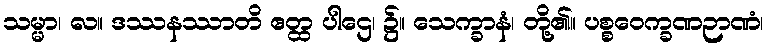
သမ္မာ၊ လ။ ဒဿနဿာတိ ဧတ္ထ ပါဌေ၊ ၌။ သေက္ခာနံ၊ တို့၏။ ပစ္စဝေက္ခဏဉာဏံ၊